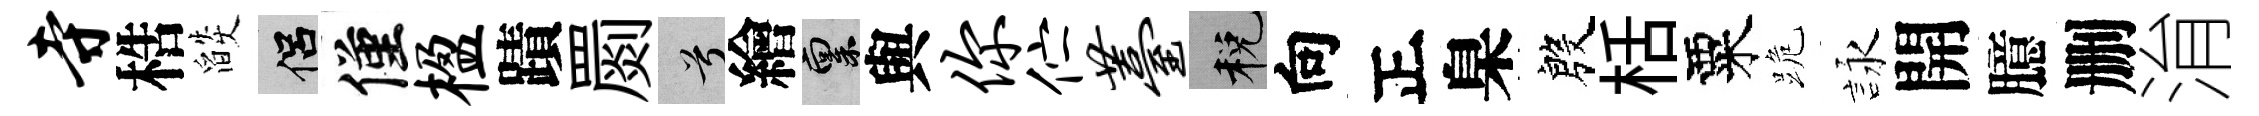
寺梏燄侣僅楹蹟罽兮繪禀與你伫薹税向正臬殷栝粟跪詠開臆删㳙